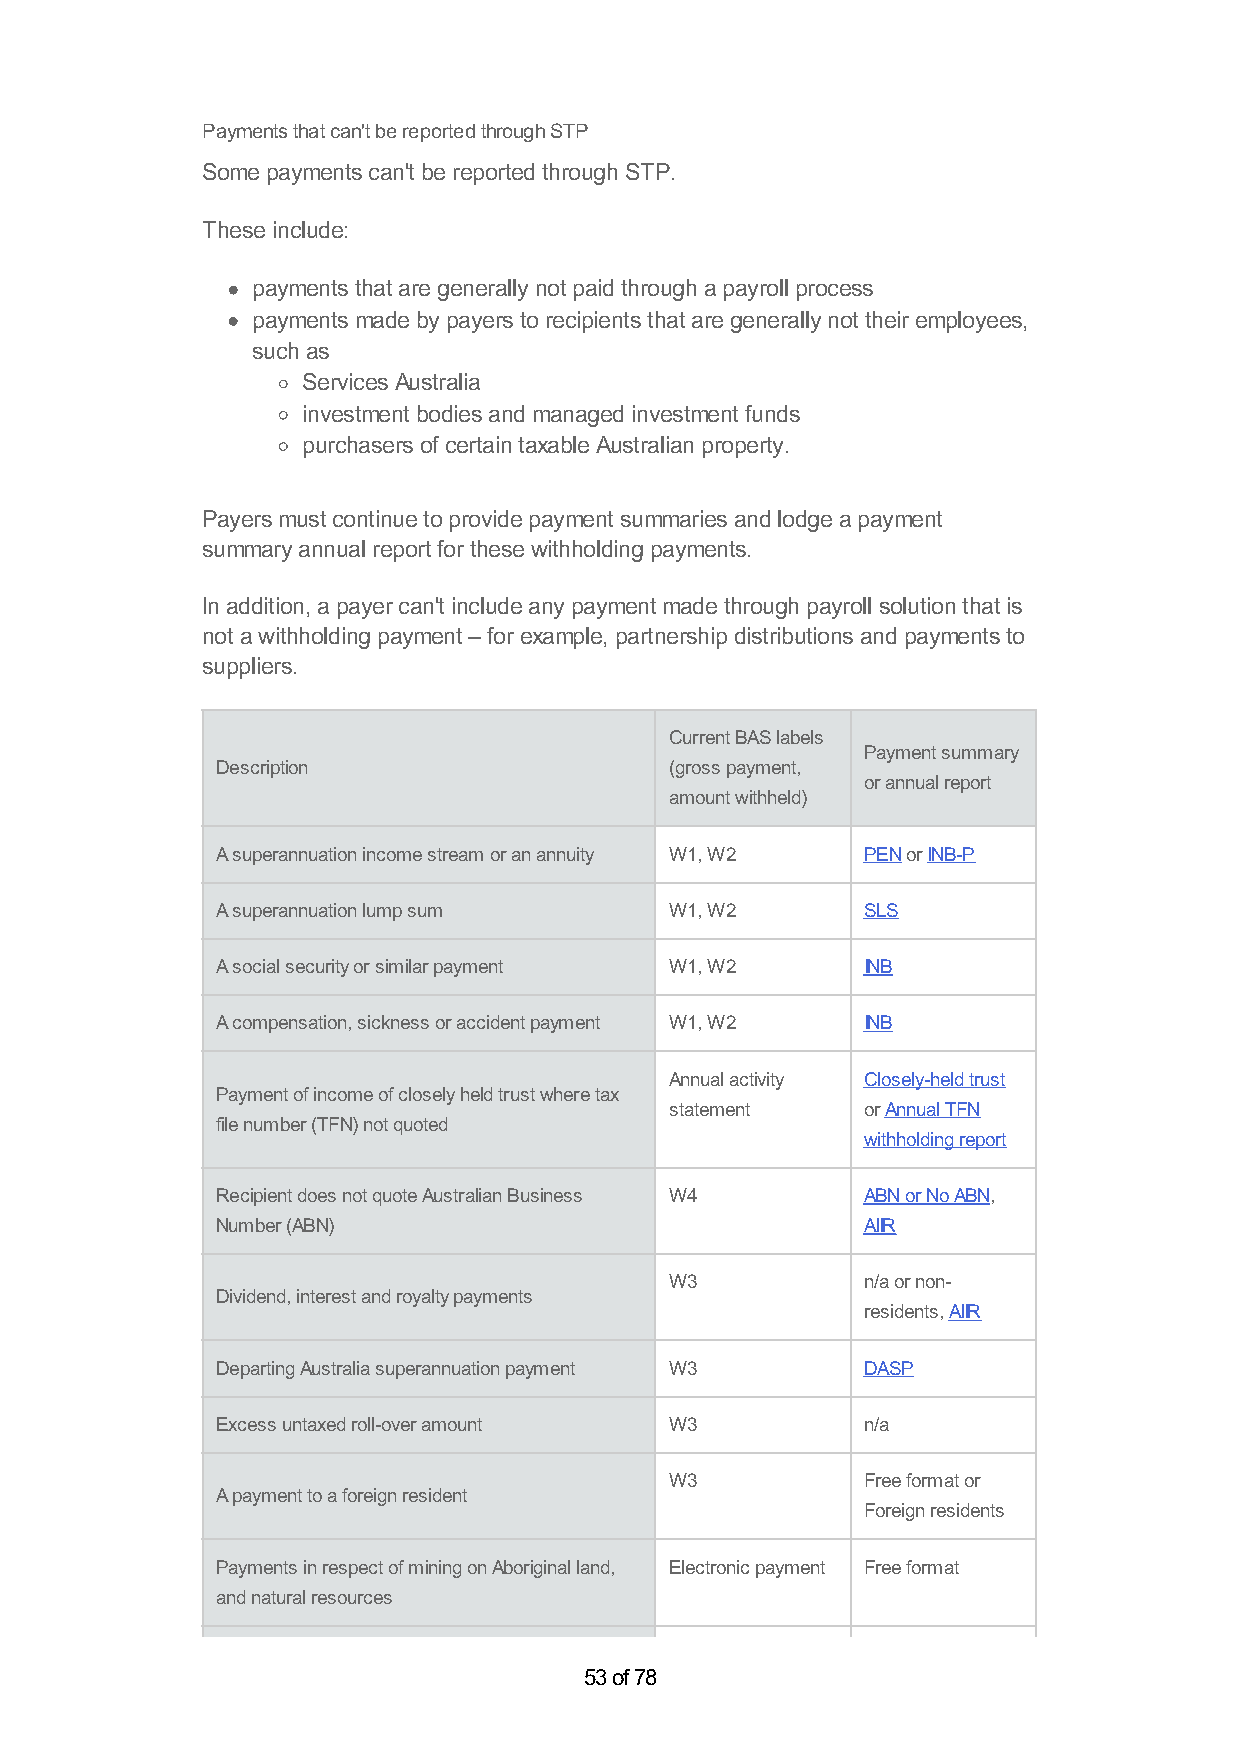
Payments that can't be reported through STP
 Some payments can't be reported through STP.
 These include:
 payments that are generally not paid through a payroll process
 payments made by payers to recipients that are generally not their employees,
 such as
 Services Australia
 investment bodies and managed investment funds
 purchasers of certain taxable Australian property.
 Payers must continue to provide payment summaries and lodge a payment
 summary annual report for these withholding payments.
 In addition, a payer can't include any payment made through payroll solution that is
 not a withholding payment – for example, partnership distributions and payments to
 suppliers.
 Current BAS labels
 Payment summary
 Description                   (gross payment,
 or annual report
 amount withheld)
 A superannuation income stream or an annuity W1, W2 PEN or INB-P
 A superannuation lump sum     W1, W2       SLS
 A social security or similar payment W1, W2 INB
 A compensation, sickness or accident payment W1, W2 INB
 Annual activity Closely-held trust
 Payment of income of closely held trust where tax
 statement    or Annual TFN
 file number (TFN) not quoted
 withholding report
 Recipient does not quote Australian Business W4 ABN or No ABN,
 Number (ABN)                               AIIR
 W3           n/a or non-
 Dividend, interest and royalty payments
 residents, AIIR
 Departing Australia superannuation payment W3 DASP
 Excess untaxed roll-over amount W3         n/a
 W3           Free format or
 A payment to a foreign resident
 Foreign residents
 Payments in respect of mining on Aboriginal land, Electronic payment Free format
 and natural resources
 53 of 78